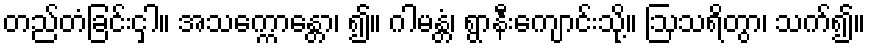
တည်တံခြင်းငှါ။ အသက္ကောန္တော၊ ၍။ ဂါမန္တံ၊ ရွာနီးကျောင်းသို့။ ဩသရိတွာ၊ သက်၍။